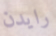
رايدن